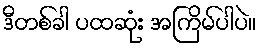
ဒီတစ်ခါ ပထဆုံး အကြိမ်ပါပဲ။